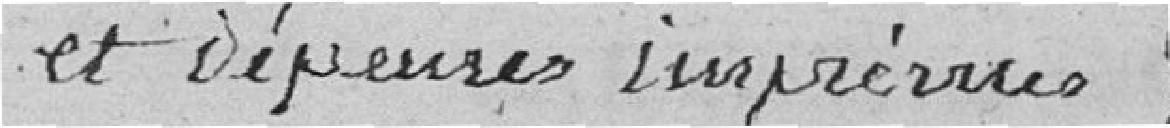
et dépenses imprévues